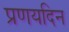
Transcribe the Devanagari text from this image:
प्रणयदिन